Vital statistics of India. Vol. V, Reports of 1876 on armies & jails and on epidemic cholera
Year: 1876
Disease focus: Cholera
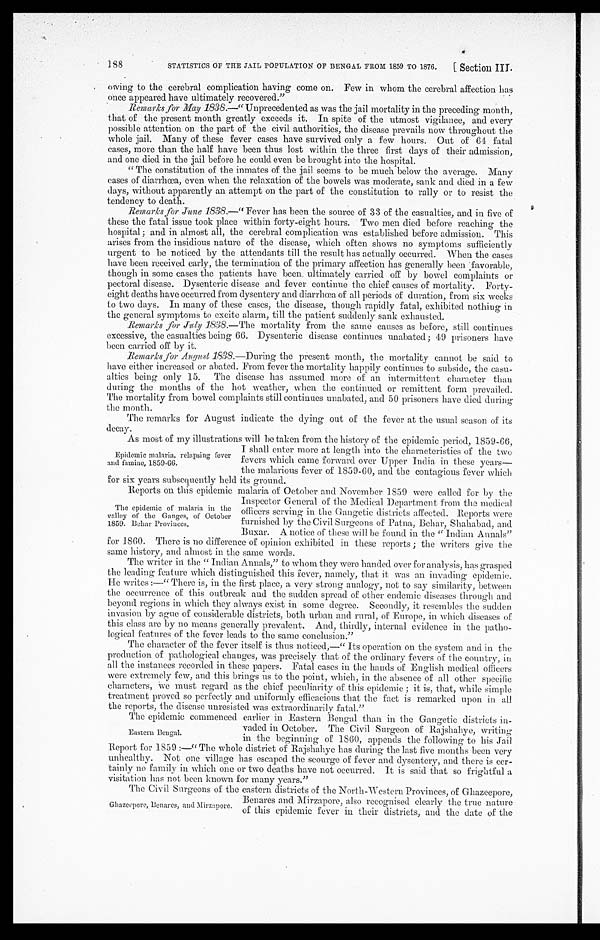
STATISTICS OF THE JAIL POPULATION OF BENGAL FROM 1859 TO 1876.
188
[ Section III.
owing to the cerebral complication having come on. Few in whom the cerebral affection has
once appeared have ultimately recovered."
Remarks for May 1838. —"Unprecedented as was the jail mortality in the preceding month,
that of the present month greatly exceeds it. In spite of the utmost vigilance, and every
possible attention on the part of the civil authorities, the disease prevails now throughout the
whole jail. Many of these fever cases have survived only a few hours. Out of 64 fatal
cases, more than the half have been thus lost within the three first days of their admission,
and one died in the jail before he could even be brought into the hospital.
"The constitution of the inmates of the jail seems to be much below the average. Many
cases of diarrhœa, even when the relaxation of the bowels was moderate, sank and died in a few
days, without apparently an attempt on the part of the constitution to rally or to resist the
tendency to death.
Remarks for June 1838.—"Fever has been the source of 33 of the casualties, and in five of
these the fatal issue took place within forty-eight hours. Two men died before reaching the
hospital ; and in almost all, the cerebral complication was established before admission. This
arises from the insidious nature of the disease, which often shows no symptoms sufficiently
urgent to be noticed by the attendants till the result has actually occurred. When the cases
have been received early, the termination of the primary affection has generally been favorable,
though in some cases the patients have been ultimately carried off by bowel complaints or
pectoral disease. Dysenteric disease and fever continue the chief causes of mortality. Forty
- e i g h t d e a t h s h a v e o c c u r r e d f r o m d y s e n t e r y a n d d i a r r h o e a o f a l l p e r i o d s o f d u r a t i o n , f r o m s i x w e e k s
to two days. In many of these cases, the disease, though rapidly fatal, exhibited nothing in
the general symptoms to excite alarm, till the patient suddenly sank exhausted.
Remarks for July 1838.—The mortality from the same causes as before, still continues
excessive, the casualties being 66. Dysenteric disease continues unabated; 49 prisoners have
been carried off by it.
Remarks for August 1838.—During the present month, the mortality cannot be said to
have either increased or abated. From fever the mortality happily continues to subside, the casu
-alties being only 15. The disease has assumed more of an intermittent character than
during the months of the hot weather, when the continued or remittent form prevailed.
The mortality from bowel complaints still continues unabated, and 50 prisoners have died during
the month.
The remarks for August indicate the dying out of the fever at the usual season of its
decay.
As most of my illustrations will be taken from the history of the epidemic period, 1859-66,
I shall enter more at length into the characteristics of the two
fevers which came forward over Upper India in these years
— the malarious fever of 1859-60, and the contagious fever which
for six years subsequently held its ground.
Reports on this epidemic malaria of October and November 1859 were called for by the
Inspector General of the Medical Department from the medical
officers serving in the Gangetic districts affected. Reports were
furnished by the Civil Surgeons of Patna, Behar, Shahabad, and
Buxar. A notice of these will be found in the "Indian Annals"
for 1860. There is no difference of opinion exhibited in these reports ; the writers give the
same history, and almost in the same words.
The writer in the "Indian Annals," to whom they were handed over for analysis, has grasped
the leading feature which distinguished this fever, namely, that it was an invading epidemic.
He writes :—"There is, in the first place, a very strong analogy, not to say similarity, between
the occurrence of this outbreak and the sudden spread of other endemic diseases through and
beyond regions in which they always exist in some degree. Secondly, it resembles the sudden
invasion by ague of considerable districts, both urban and rural, of Europe, in which diseases of
this class are by no means generally prevalent. And, thirdly, internal evidence in the patho
-logical features of the fever leads to the same conclusion."
The character of the fever itself is thus noticed,—"Its operation on the system and in the
production of pathological changes, was precisely that of the ordinary fevers of the country, in
all the instances recorded in these papers. Fatal cases in the hands of English medical officers
were extremely few, and this brings us to the point, which, in the absence of all other specific
characters, We must regard as the chief peculiarity of this epidemic ; it is, that, while simple
treatment proved so perfectly and uniformly efficacious that the fact is remarked upon in all
the reports, the disease unresisted was extraordinarily fatal."
The epidemic commenced earlier in Eastern Bengal than in the Gangetic districts in
-vaded in October. The Civil Surgeon of Rajshahye, writing
in the beginning of 1860, appends the following to his Jail
Report for 1859 :—"The whole district of Rajshahye has during the last five months been very
unhealthy. Not one village has escaped the scourge of fever and dysentery, and there is cer
-tainly no family in which one or two deaths have not occurred. It is said that so frightful a
visitation has not been known for many years."
Epidemic malaria, relapsing fever
and famine, 1859-66.
The epidemic of malaria in the
valley of the Ganges, of October
1859. Behar Provinces.
Eastern Bengal.
Ghazeepore, Benares, and Mirzapore.
The Civil Surgeons of the eastern districts of the North-Western Provinces, of Ghazeepore,
Benares and Mirzapore, also recognised clearly the true nature
of this epidemic fever in their districts, and the date of the